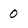
Character: 0